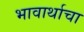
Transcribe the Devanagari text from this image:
भावार्थाचा